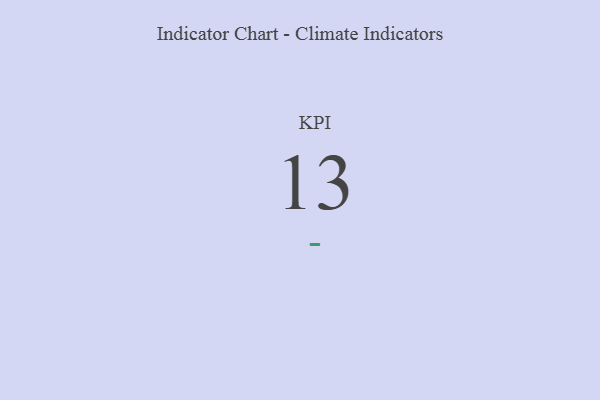
{"axis": {"x": "KPI", "y": "Value"}, "legend": [""], "data": [{"x": "KPI", "y": 13, "type": ""}]}